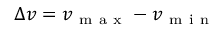
\Delta v = v _ { \mathrm { ~ m ~ a ~ x ~ } } - v _ { \mathrm { ~ m ~ i ~ n ~ } }